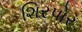
શિરપોર